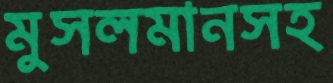
মুসলমানসহ